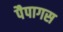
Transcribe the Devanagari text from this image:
पैपागस